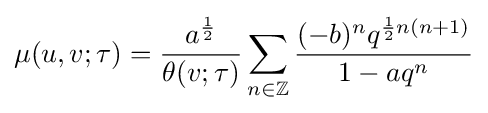
\mu (u,v;\tau )={\frac {a^{\frac {1}{2}}}{\theta (v;\tau )}}\sum _{n\in \mathbb {Z} }{\frac {(-b)^{n}q^{{\frac {1}{2}}n(n+1)}}{1-aq^{n}}}